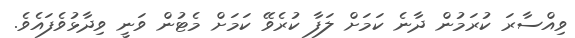
ވިއްސާރަ ކުރަމުން ދާނެ ކަމަށް ލަފާ ކުރެވޭ ކަމަށް މެޓުން ވަނީ ވިދާޅުވެފައެވެ.